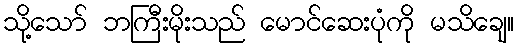
သို့သော် ဘကြီးမိုးသည် မောင်ဆေးပုံကို မသိချေ။